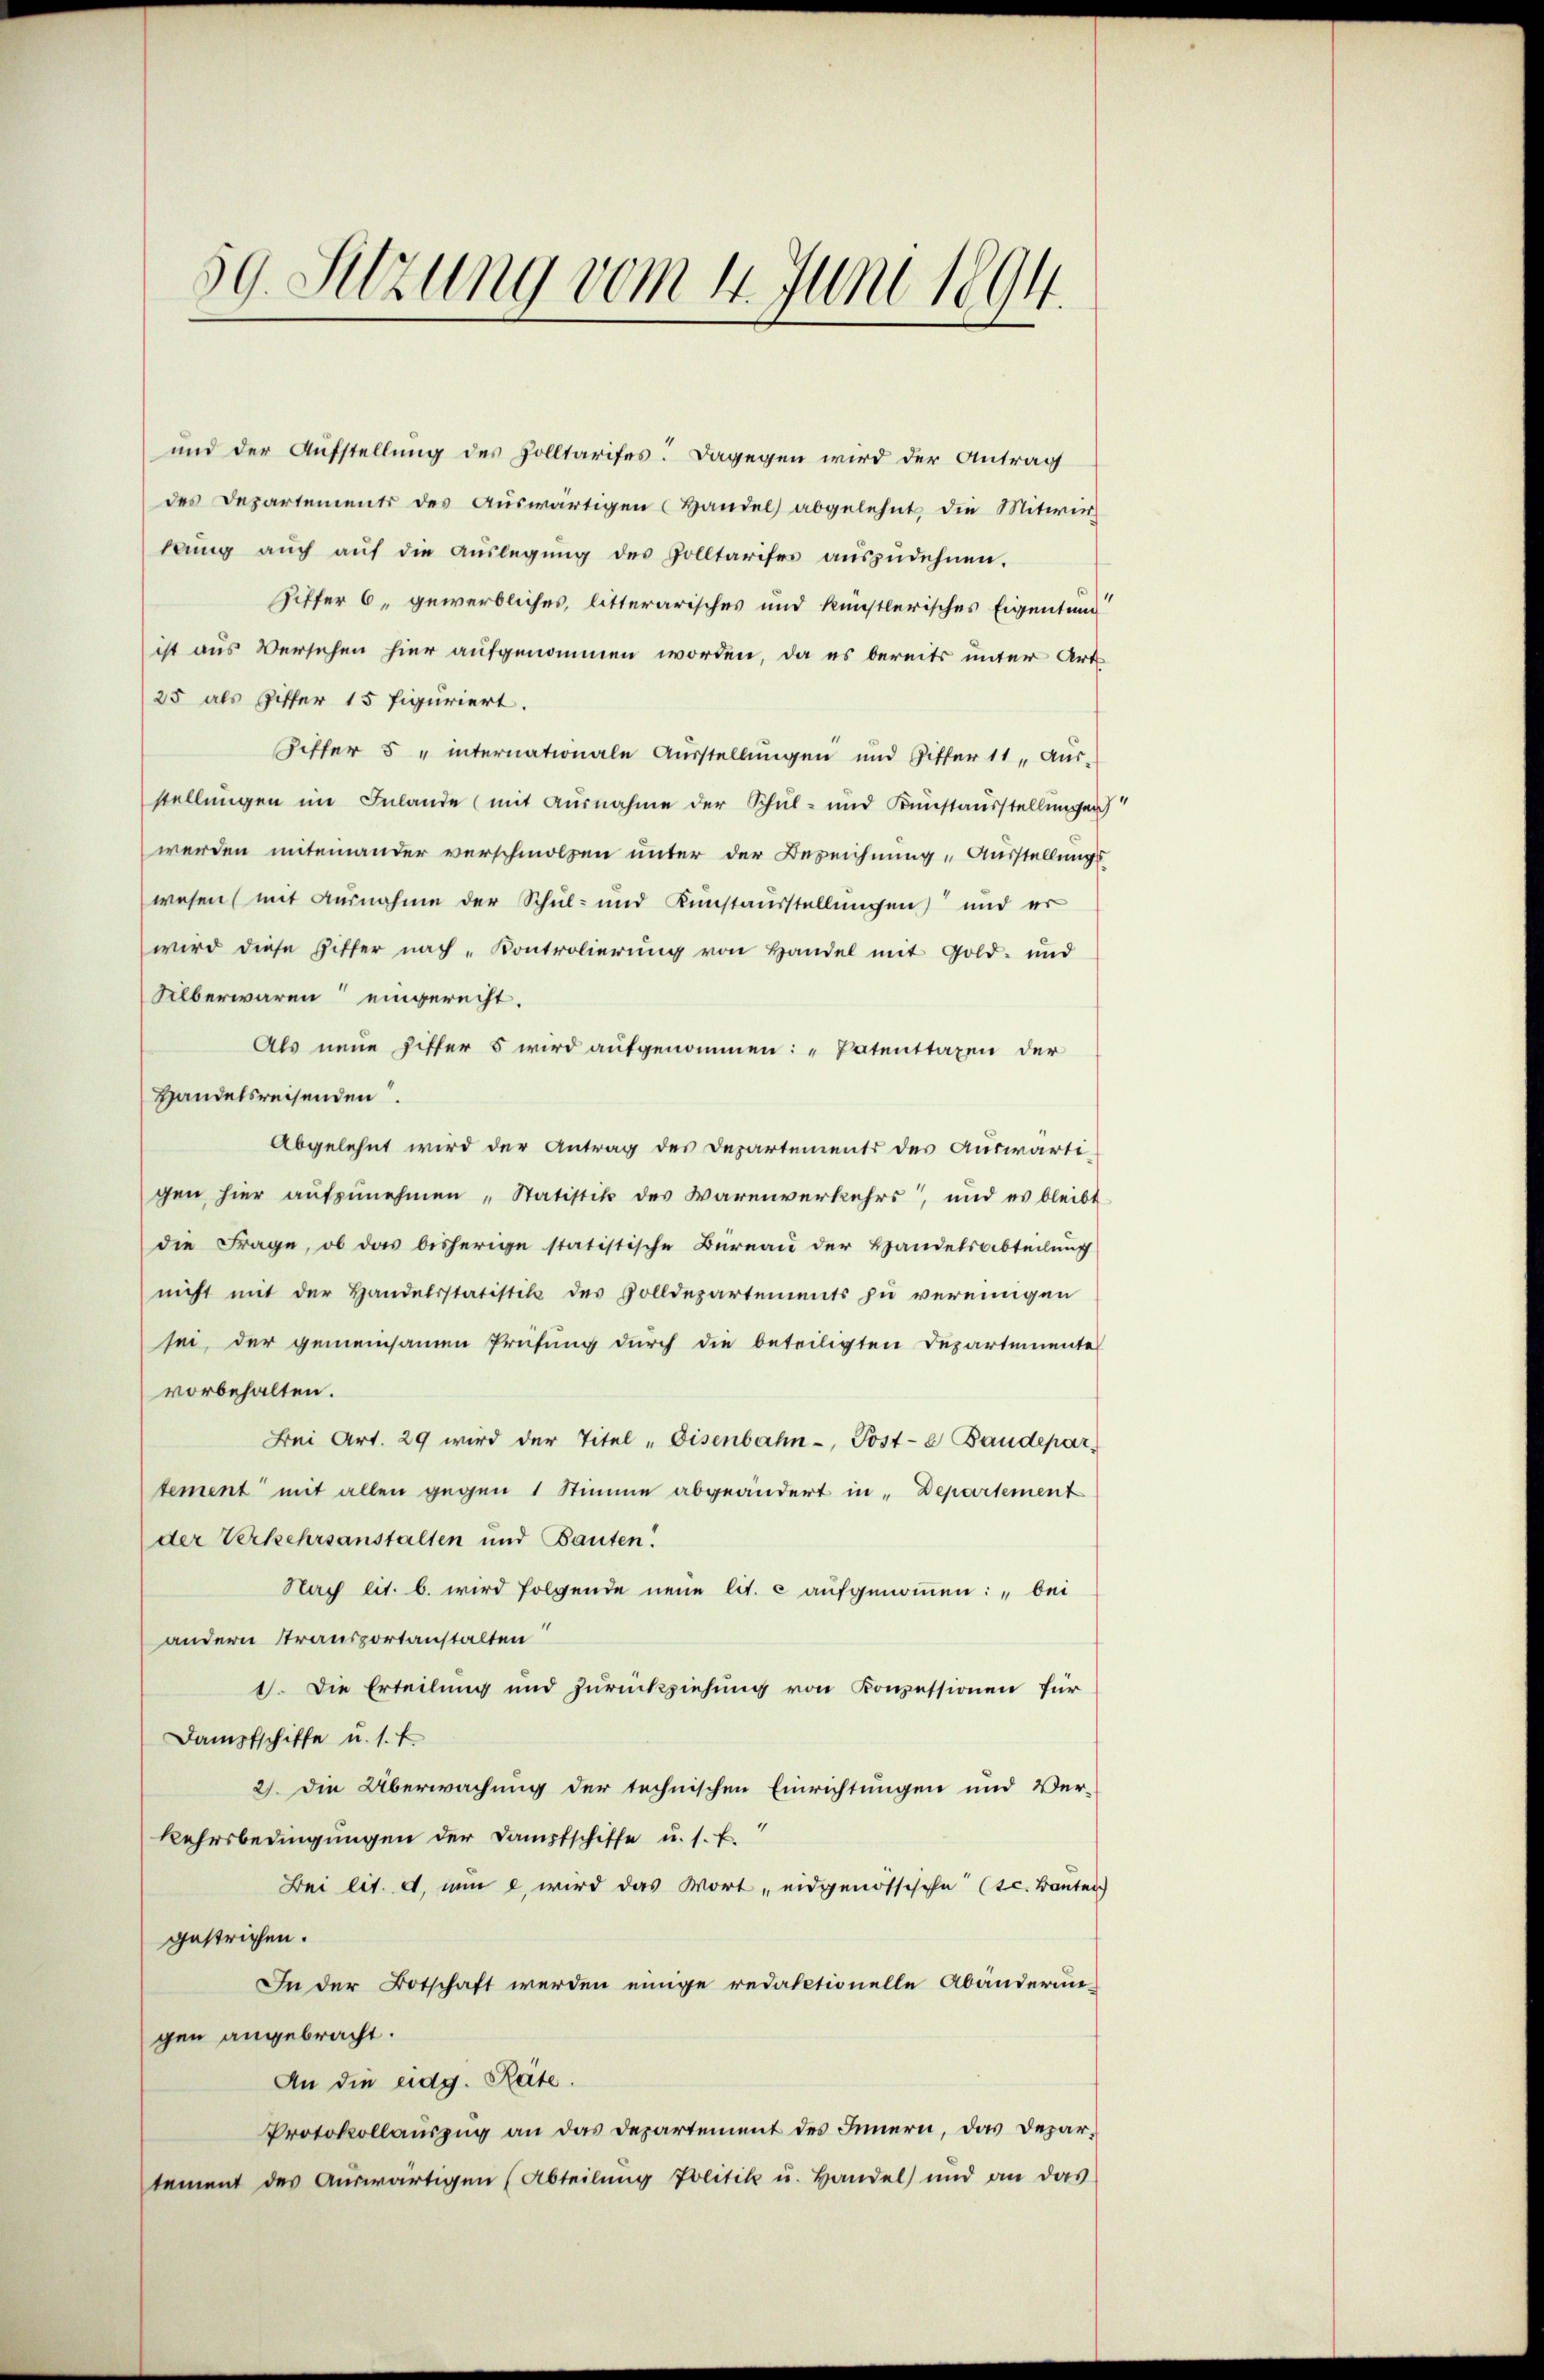
59. Sitzung vom 11. Juni 1894.

und der Aufstellung des Zolltarifes. Dagegen wird der Antrag
des Departements des Aŭswärtigen (Handel abgelehnt die Mitwir-
kung auch auf die Auslegung des Zolltarises auszudehnen.
Ziffer 6, gewerbliches, litterarisches und künstlerisches Eigentund
ist aus Versehen hier aufgenommen worden, da es bereits unter Art
25 als Ziffer 15 figuriert.
Ziffer 5 " internationale Ausstellungen und Ziffer 11 Aŭs-
stellungen im Inlande (mit Ausnahme der Schul- und Kunstausstellungen
werden miteinander verschmolzen unter der Bezeichnung "Ausstellungs
wesen (mit Ausnahme der Schul- und Kunstausstellungen und er
wird diese Hilfer nach „Kontrolierung von Handel mit Gold- und
Silberwaren eingerecht.
Als neue Sitter 5 wird aufgenommen: „Patenttaxen der
Handelsreisenden.
Abgelehnt wird der Antrag des Departements des Auswärti-
gen hier aufzunehmen „Statistik des Warenverkehrs, und es bleibt
die Frage, ob das bisherige statistische Büreau der Handelsabteilung
nicht mit der Handelsstatistik des Zolldepartements zu vereinigen
sei, der gemeinsamen Prüfung durch die beteiligten Departemente
vorbehalten.
Bei Art. 29 wird der Titel „Eisenbahn-Post-e Baudepar
tement mit allen gegen 1 Stimme abgeändert in Departement
der Verkehrsanstalten und Bauten.
Nach lit. b. wird folgende neue lit. c aufgenommen: „bei
andern Stransportanstalten
1. Die Erteilung und Zurückziehung von Konzessionen für
Dampfschiffe u. s. f.
2) Die Überwachung der technischen Einrichtungen und Ver-
Kehrsbedingungen der Dampfschiffe u. s. f.
Bei lit. e, nun e, wird das Wort, eidgenössische (tc. Bauten
gestrichen.
In der Botschaft werden einige redaktionelle Abänderun-
gen angebracht.
An die eidg. Räte.
Protokollauszug an das Departement des Innern, das Departement des Auswärtigen (Abteilŭng Politik u. Handel) und an das